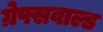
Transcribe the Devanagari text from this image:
ग्रेफ्सवाल्ड